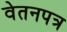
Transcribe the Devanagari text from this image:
वेतनपत्र